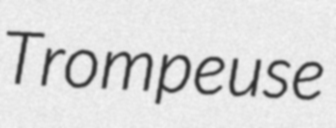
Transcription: Trompeuse